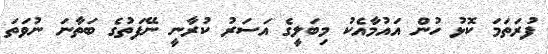
ފުރަތަމަ ކޮޅު ހުން އައުމާއެކު މިބަލީގެ އަސަރު ކުރާނީ ނޭފަތުގެ ބަތާނަ ނުވަތަ